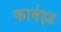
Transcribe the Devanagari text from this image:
कार्बइड